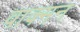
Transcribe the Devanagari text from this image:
वाक्मन